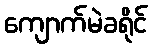
ကျောက်မဲခရိုင်